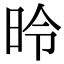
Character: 昤